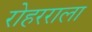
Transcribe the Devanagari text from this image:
रोहरराला